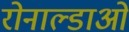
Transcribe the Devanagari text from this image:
रोनाल्डाओ